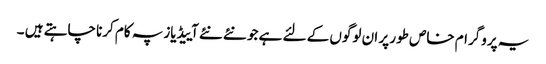
یہ پروگرام خاص طور پر ان لوگوں کے لئے ہے جو نئے نئے آییڈیاز پہ کام کرنا چاہتے ہیں ۔